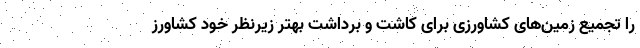
را تجمیع زمین‌های کشاورزی برای کاشت و برداشت بهتر زیرنظر خود کشاورز